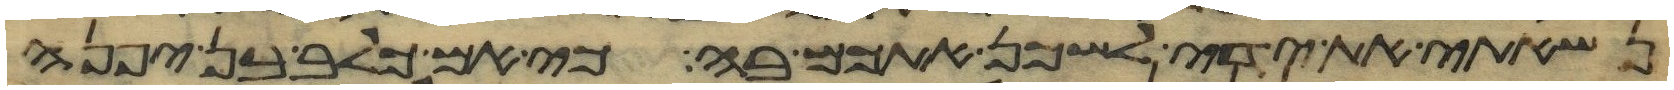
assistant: נשאתי את ידי לשכן אתכם בה כי אם כלב בן יפנה